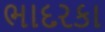
ભાદરકા